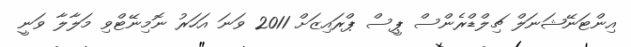
އިންޓަނޭޝަނަލް ޗިލްޑްރެންސް ޕީސް ޕްރައިޒަށް 2011 ވަނަ އަހަރު ނޮމިނޭޓްވި މަލާލާ ވަނީ